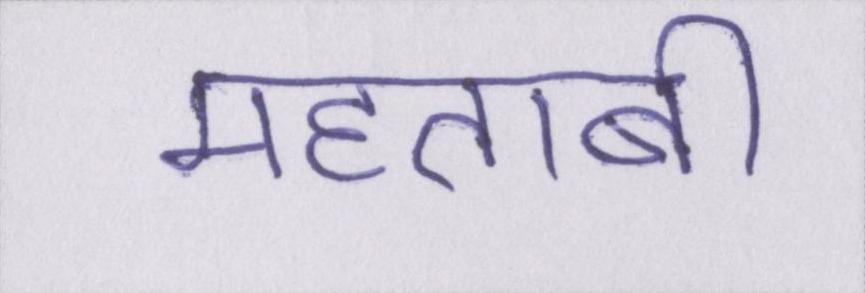
महताबी